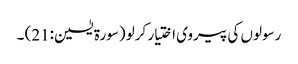
رسولوں کی پیروی اختیار کرلو (سورة یٰسین:21) ۔